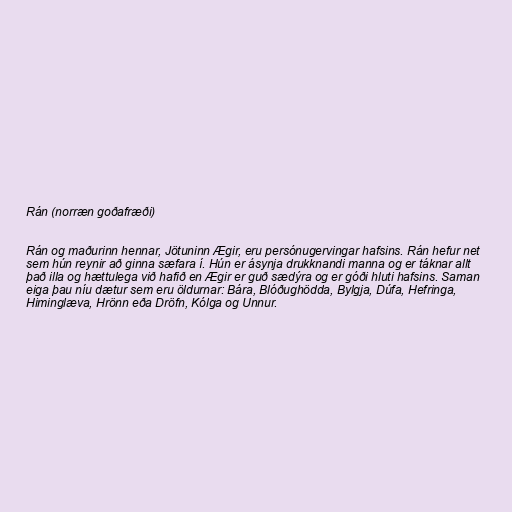
Rán (norræn goðafræði)

Rán og maðurinn hennar, Jötuninn Ægir, eru persónugervingar hafsins. Rán hefur net
sem hún reynir að ginna sæfara í. Hún er ásynja drukknandi manna og er táknar allt
það illa og hættulega við hafið en Ægir er guð sædýra og er góði hluti hafsins. Saman
eiga þau níu dætur sem eru öldurnar: Bára, Blóðughödda, Bylgja, Dúfa, Hefringa,
Himinglæva, Hrönn eða Dröfn, Kólga og Unnur.